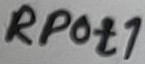
Text: RPot1